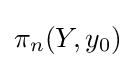
\pi _{n}(Y,y_{0})